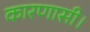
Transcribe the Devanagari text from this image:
कारणासी।